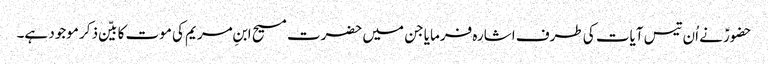
حضورؑ نے اُن تیس آیات کی طرف اشارہ فرمایا جن میں حضرت مسیح ابنِ مریم کی موت کا بیّن ذکر موجود ہے۔